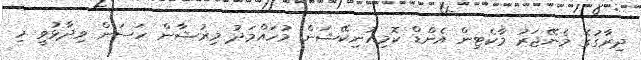
ދިރާގުގެ މެނޭޖަރު މާކެޓިން އެންޑް ކޮމިއުނިކޭޝަން މުހައްމަދު މިރުޝާން ހަސަން ވިދާޅުވީ މި